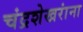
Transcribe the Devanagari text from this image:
चंद्रशेखरांना